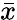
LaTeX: \textstyle{\bar{x}}